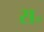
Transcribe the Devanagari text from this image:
स॰